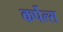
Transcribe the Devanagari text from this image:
कर्पेल्स